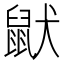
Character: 鼣